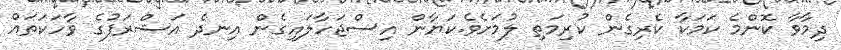
ދިމާވާ ކޮންމެ ކަމަކާ ކެރިގެން ކުރިމަތި ލުމަށެވެ.ކަޔާން އިސްޖަހާލައިގެން އިނދެ އަޝްރަފުގެ ވާހަކަތައް